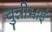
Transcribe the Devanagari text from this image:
चुन्नीभाई